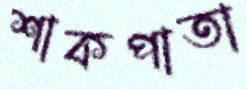
শাকপাতা